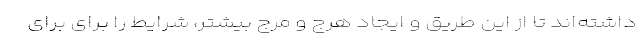
داشته‌اند تا از این طریق و ایجاد هرج و مرج بیشتر، شرایط را برای برای